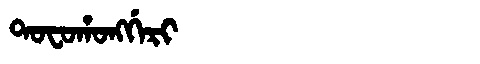
Manchu: ᡨᠣᠸᠣᡥᠣᠩᡤᡝᡵᡳ
Romanization: TOFOHONGGERI